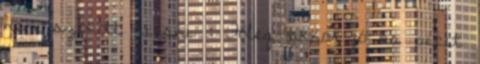
nem szokott kiesni : Főleg akkor jó ha picit